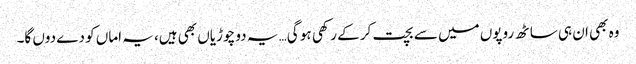
وہ بھی ان ہی ساٹھ روپوں میں سے بچت کر کے رکھی ہو گی… یہ دو چوڑیاں بھی ہیں، یہ اماں کو دے دوں گا۔